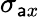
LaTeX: \sigma_{\mathsf{a}x}